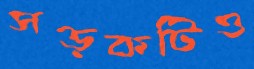
সড়কটিও